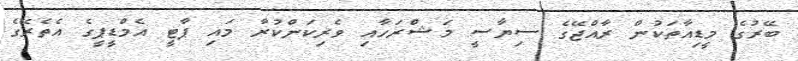
ބޭރުގެ މީޑިއާތަކުން ރާއްޖޭގެ ސިޔާސީ މަޝްރަހާއި ވެރިކަންކުރާ މައި ޕާޓީ އެމްޑީޕީގެ އެތެރޭގެ